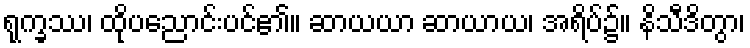
ရုက္ခဿ၊ ထိုပညောင်းပင်၏။ ဆာယယာ ဆာယာယ၊ အရိပ်၌။ နိသီဒိတွာ၊